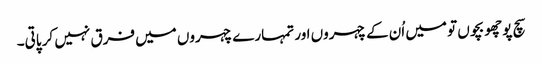
سچ پوچھو بچوں تو میں اُن کے چہروں اور تمہارے چہروں میں فرق نہیں کر پاتی۔